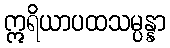
ဣရိယာပထသမ္ပန္နာ